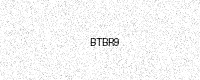
Text: BTBR9